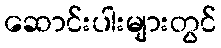
ဆောင်းပါးများတွင်